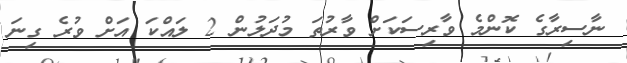
ނާސިރާގެ ކޮންމެ ވާރިސަކަށް ވާރުތަ މުދަލުން 2 ލައްކަ އަށް ވުރެ ގިނަ